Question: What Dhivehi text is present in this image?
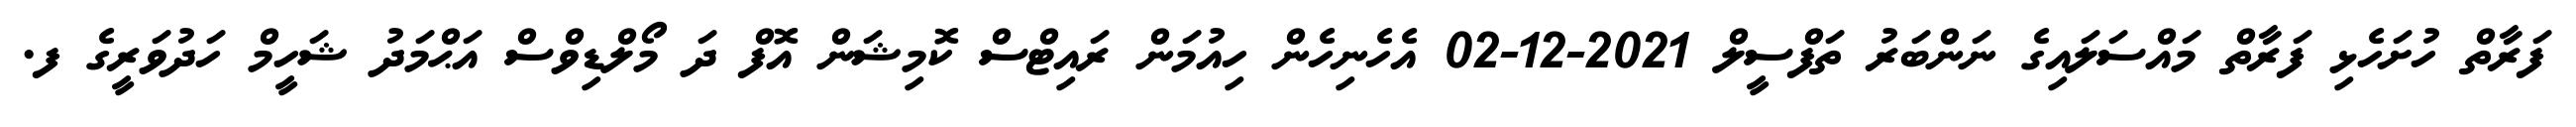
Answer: ފަރާތް ހުށަހެޅި ފަރާތް މައްސަލައިގެ ނަންބަރު ތަފްސީލް 2021-12-02 އެހެނިހެން ހިއުމަން ރައިޓްސް ކޮމިޝަން އޮފް ދަ މޯލްޑިވްސް އަޙްމަދު ޝަހީމް ހަދުވަރީގެ ފ.